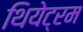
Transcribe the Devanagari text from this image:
थियेट्रम